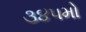
૩૪૫મો